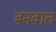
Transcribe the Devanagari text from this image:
बनवात